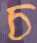
চ